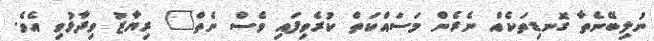
ނުލިބޭނެތާ ގޮނޑިތަކެއް ނެރެން މަސައްކަތް ކުރެވިފައި ވެސް ނެތް" ރިޔާޒު ވިދާޅުވި އެވެ.